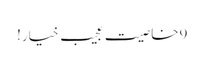
9خاصیت عجیب خیار!